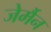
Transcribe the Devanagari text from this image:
जेर्मैन